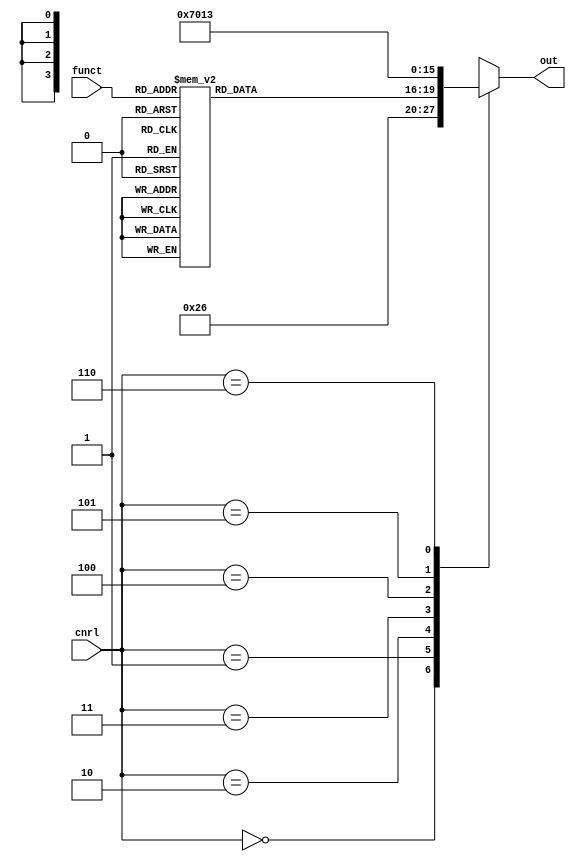
`timescale 1 ns / 1 ns

module ALU_control(funct, cnrl, out);

input [5:0] funct;
input [5:0] cnrl;
output [3:0] out;
reg [3:0] out;

always @(funct, cnrl)
begin
	case(cnrl)
	3'b000:out=4'b0010;
	3'b001:out=4'b0110;
	3'b010:
		case(funct)
		6'b001001:out=4'b0010;
		6'b100000:out=4'b0010;
		6'b100001:out=4'b0010;
		6'b100010:out=4'b0110;
		6'b100011:out=4'b0110;
		6'b100100:out=4'b0000;
		6'b100101:out=4'b0001;
		6'b100110:out=4'b0011;
		6'b100111:out=4'b0100;
		6'b000000:out=4'b1000;
		6'b000100:out=4'b1001;
		6'b000010:out=4'b1010;
		6'b000110:out=4'b1011;
		6'b000011:out=4'b1100;
		6'b000111:out=4'b1101;
		6'b101001:out=4'b0101;
		6'b101010:out=4'b0111;
		default: out=4'bxxxx;
		endcase
	3'b011:out=4'b0111;
	3'b100:out=4'b0000;
	3'b101:out=4'b0001;
	3'b110:out=4'b0011;
	default: out=4'bxxxx;
	endcase
end
endmodule